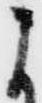
よ